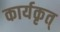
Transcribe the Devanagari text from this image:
कार्यकृत्